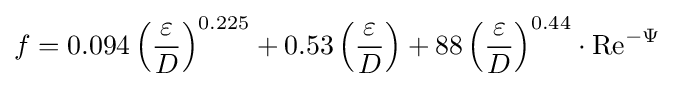
f=0.094\left({\frac {\varepsilon }{D}}\right)^{0.225}+0.53\left({\frac {\varepsilon }{D}}\right)+88\left({\frac {\varepsilon }{D}}\right)^{0.44}\cdot {\mathrm {Re} }^{-{\Psi }}